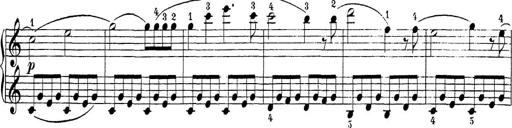
Title: Sonatina Album
Composer: Louis KÃ¶hler